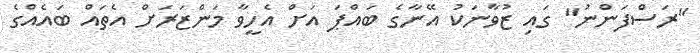
"ރަސްފަންނު" ގައި ޒުވާނަކު އޭނާގެ ބައްޕަ އަށް އެހީވާ މަންޒަރަށް އެތައް ބައެއްގެ